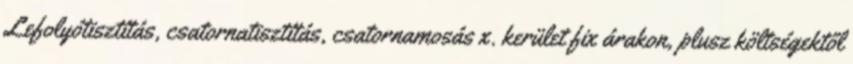
Lefolyótisztítás, csatornatisztítás, csatornamosás x. kerület fix árakon, plusz költségektől